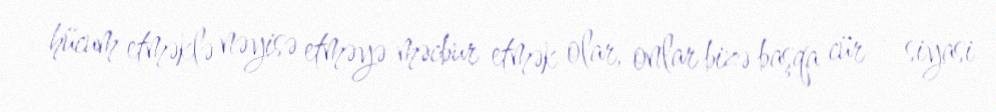
hücum etməklə nəyisə etməyə məcbur etmək olar, onlar bizə başqa cür - siyasi